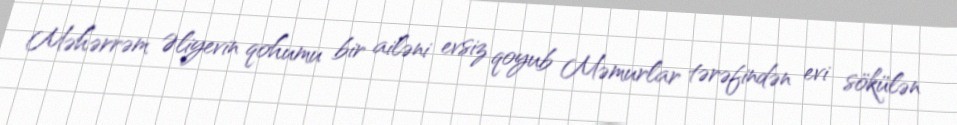
Məhərrəm Əliyevin qohumu bir ailəni evsiz qoyub Məmurlar tərəfindən evi sökülən